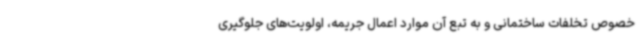
خصوص تخلفات ساختمانی و به تبع آن موارد اعمال جریمه، اولویت‌های جلوگیری